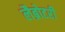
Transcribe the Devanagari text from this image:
लैब्रोटरी